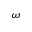
\omega